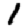
Digit: 1